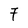
Character: 7